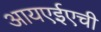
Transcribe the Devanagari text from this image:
आयएईएची